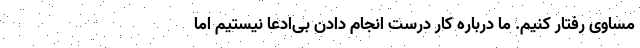
مساوی رفتار کنیم. ما درباره کار درست انجام دادن بی‌ادعا نیستیم اما